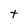
Character: t